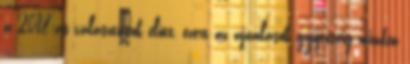
a 2018-as választások előtt, ezért az ajánlások gyűjtéséig minden